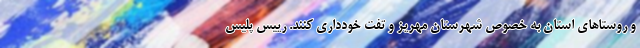
و روستاهای استان به خصوص شهرستان مهریز و تفت خودداری کنند. رییس پلیس